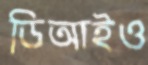
ডিআইও